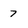
Character: 7